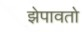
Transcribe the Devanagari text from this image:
झेपावतो